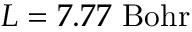
L = 7 . 7 7 ~ \mathrm { B o h r }